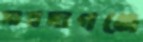
সারদাগঞ্জে